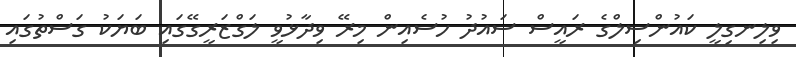
ވިލިނގިލީ ކައުންސިލްގެ ރައީސް ސައުދު ހުސެއިން މިރޭ ވިދާޅުވީ ލަގްޒަރީގޭގައި ބަޔަކު ގަސްތުގައި